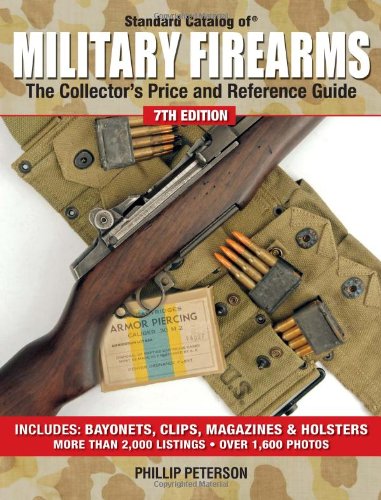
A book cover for Standard Catalog of Military Firearms: The Collector's Price and Reference Guide; Crafts, Hobbies & Home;